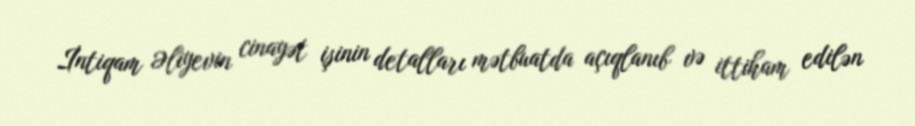
İntiqam Əliyevin cinayət işinin detalları mətbuatda açıqlanıb və ittiham edilən